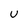
Character: U